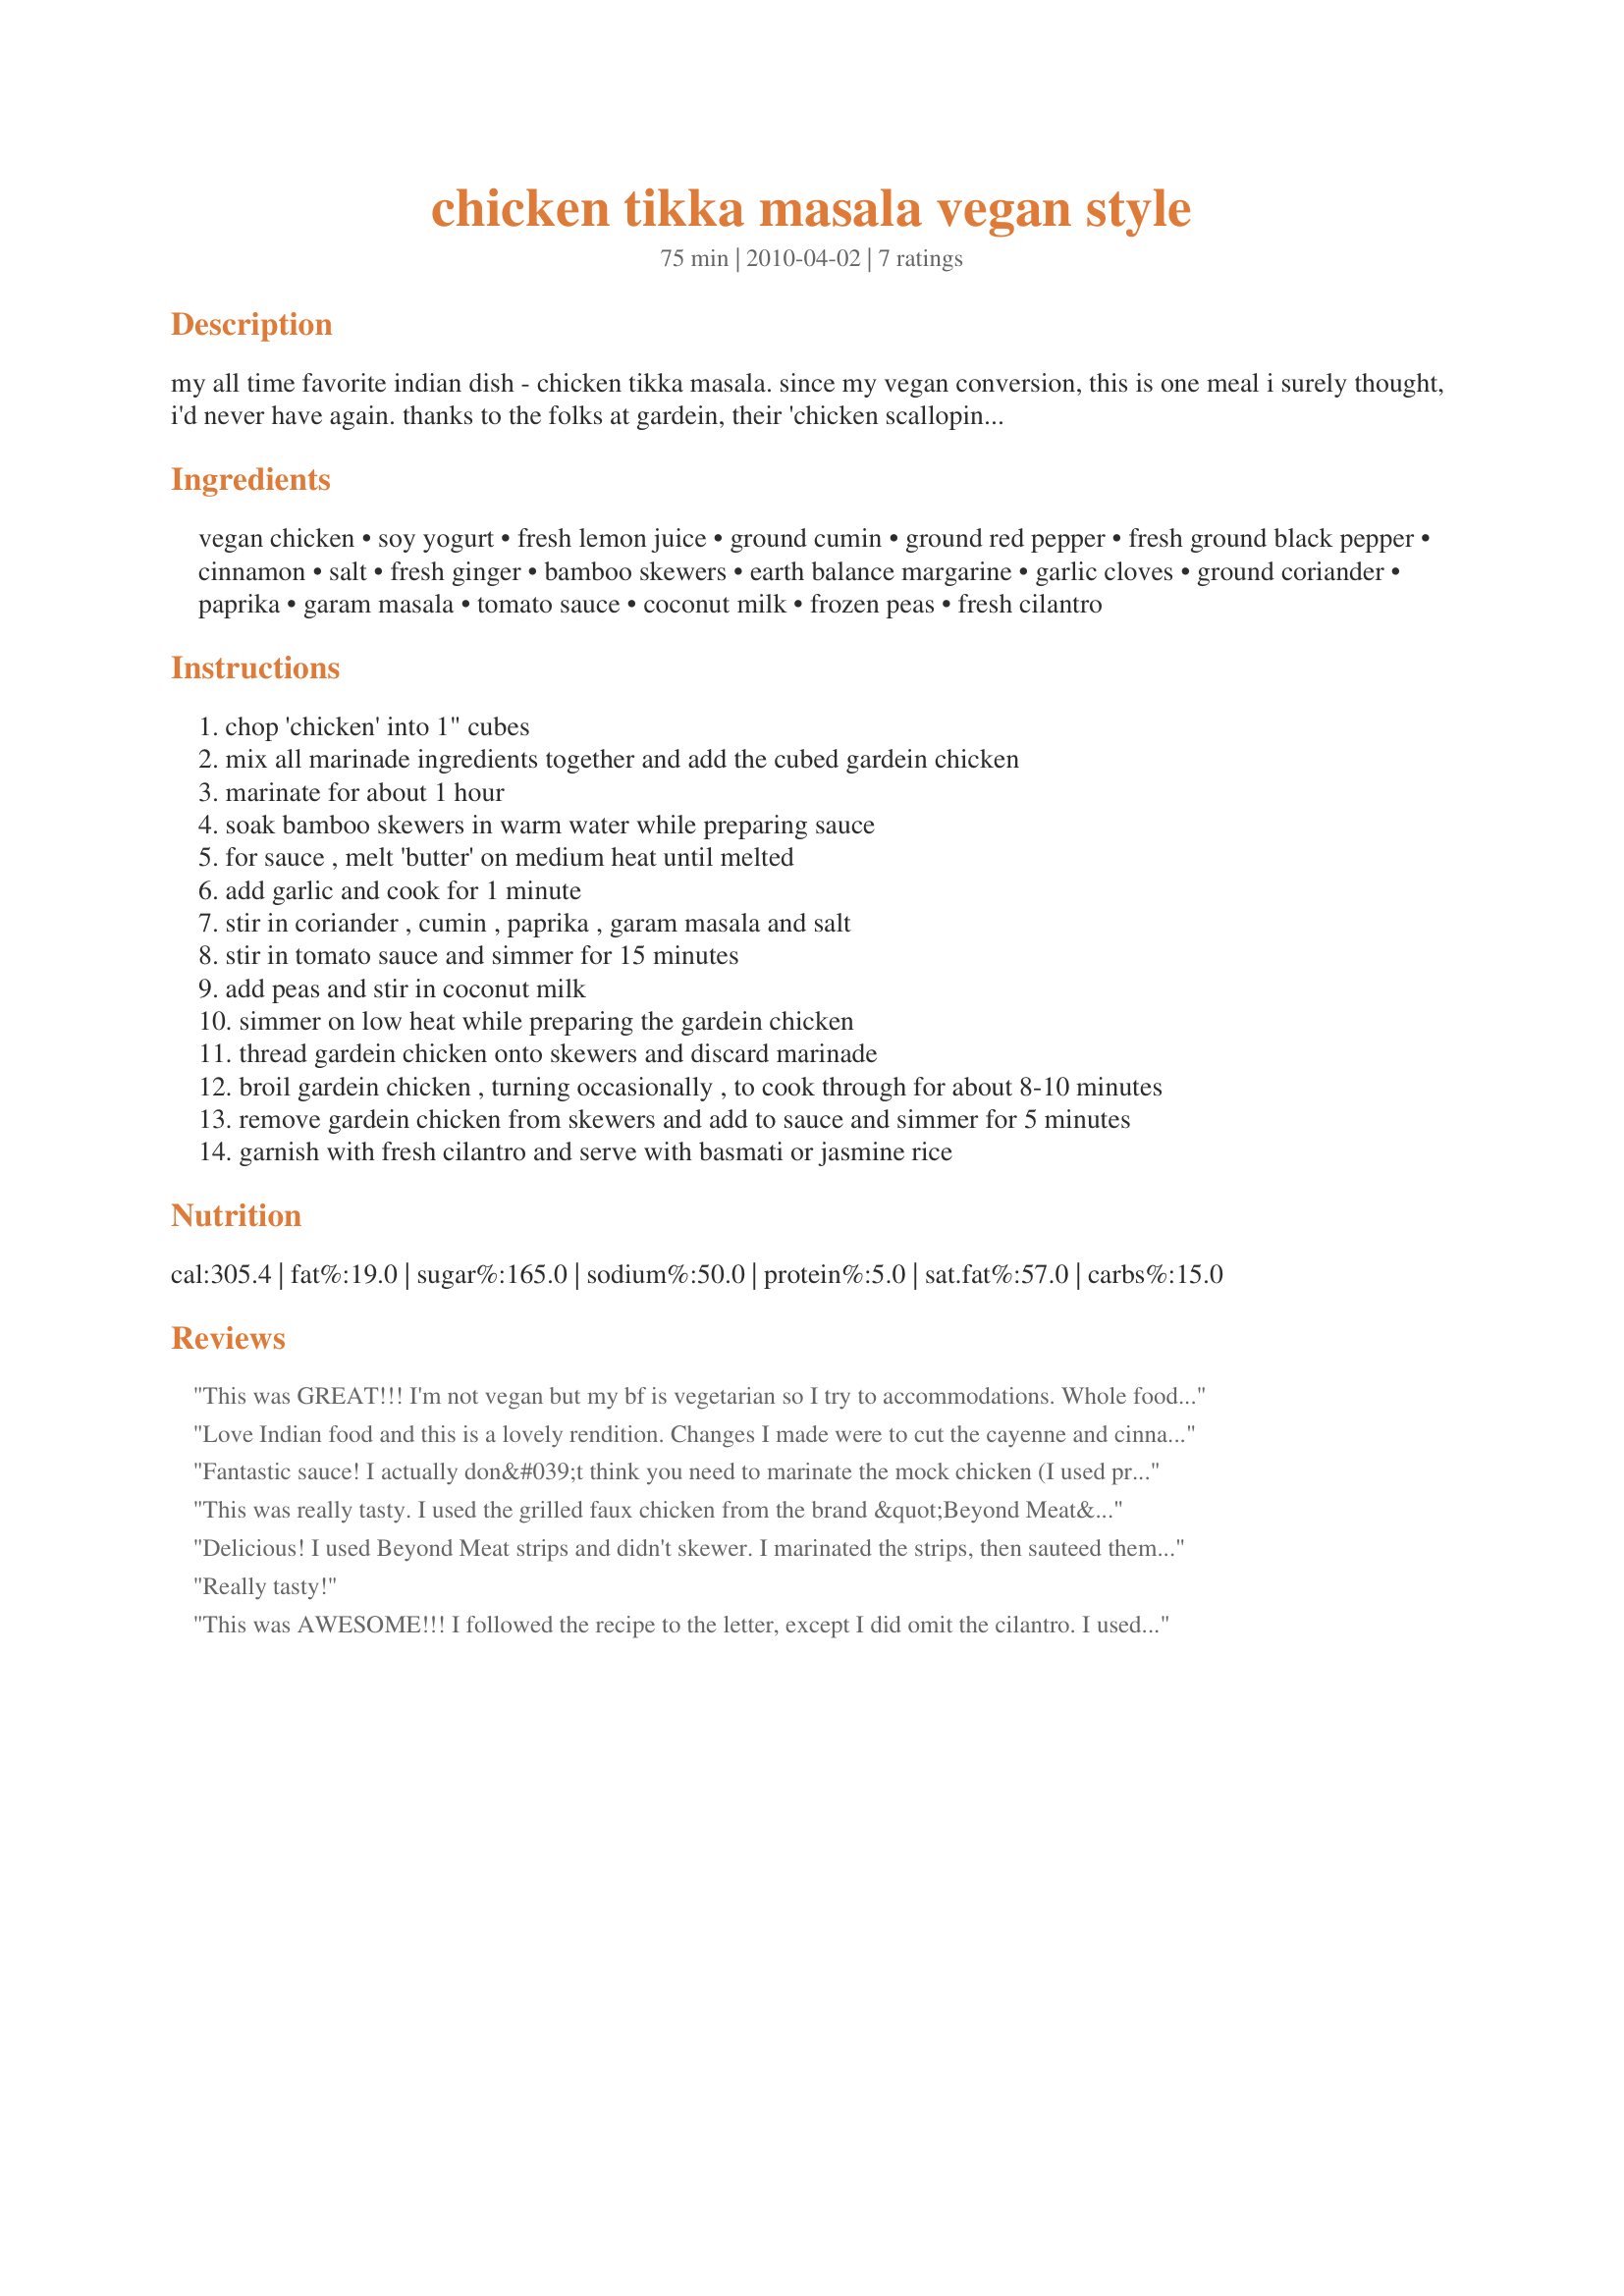
chicken tikka masala vegan style
Preparation time: 75 minutes

my all time favorite indian dish - chicken tikka masala. since my vegan conversion, this is one meal i surely thought, i'd never have again. thanks to the folks at gardein, their 'chicken scallopini' makes this carnivorous dish, 100% vegan friendly!

Ingredients:
vegan chicken, soy yogurt, fresh lemon juice, ground cumin, ground red pepper, fresh ground black pepper, cinnamon, salt, fresh ginger, bamboo skewers, earth balance margarine, garlic cloves, ground coriander, paprika, garam masala, tomato sauce, coconut milk, frozen peas, fresh cilantro

Steps:
chop 'chicken' into 1" cubes
mix all marinade ingredients together and add the cubed gardein chicken
marinate for about 1 hour
soak bamboo skewers in warm water while preparing sauce
for sauce , melt 'butter' on medium heat until melted
add garlic and cook for 1 minute
stir in coriander , cumin , paprika , garam masala and salt
stir in tomato sauce and simmer for 15 minutes
add peas and stir in coconut milk
simmer on low heat while preparing the gardein chicken
thread gardein chicken onto skewers and discard marinade
broil gardein chicken , turning occasionally , to cook through for about 8-10 minutes
remove gardein chicken from skewers and add to sauce and simmer for 5 minutes
garnish with fresh cilantro and serve with basmati or jasmine rice

Reviews:
This was GREAT!!! I'm not vegan but my bf is vegetarian so I try to accommodations.

Whole foods was out of the Gardein brand so I got a different brand. It was already cubed (1/2"). Instead of putting them on skewers, I just broiled them, turning about 2 or 3 times.

The vegan chicken had a great texture; a lot like real chicken!!
Love Indian food and this is a lovely rendition. Changes I made were to cut the cayenne and cinnamon in the marinade to 1/2 tsp, and because no plain soy yogurt available locally- used Tofutti sour cream. This is a keeper.
Fantastic sauce! I actually don&#039;t think you need to marinate the mock chicken (I used pre-diced seitan) at all, but grilling or broiling will help give it a firmer texture. Since it&#039;s thrown into the red sauce anyway I really didn&#039;t taste any of the yogurt marinade at all. All I changed was omitting the salt in the red sauce (since the marinade tasted quite salty to me) and then broiling the seitan on a baking sheet until it brown and more firm. Will definitely make again. So simple, took only about 45 minutes total after work (and I&#039;m a slow cook!)
This was really tasty. I used the grilled faux chicken from the brand &quot;Beyond Meat&quot; as I like it better than Gardein. We did not use the skewers. The sauce was really flavorful. DH, who eats meat, does not like the texture of the faux meat (I like it just fine) and therefore would prefer to try the dish again with mushrooms or tofu. I&#039;m not vegan, so I used Greek yogurt. I decreased the amount of cinnamon per personal preference. Thanks for a nice dinner!
Delicious! I used Beyond Meat strips and didn't skewer. I marinated the strips, then sauteed them until they were a bit brown then set them aside. The yogurt used was Forager's unsweetened... a creamy sour vegan yogurt like no other. The spice combination in this recipe is perfect. I wouldn't change a thing. Thanks!
Really tasty!
This was AWESOME!!! I followed the recipe to the letter, except I did omit the cilantro. I used light coconut milk, to save on calories. I also used Wildwood brand unsweetened, plain, probiotic, Soyogurt. I did not cut the "chicken" into cubes. I just left them as "breasts" and marinated them. After about an hour, I wiped off the excess marinade and then threw them on the grill on low/med. They came out fantastic! After they were grilled, I cut them into bite sized pieces and added them to the Sauce. Oh, the beautiful sauce. I think I'm in love. It was so good. I could just eat the sauce by the gallon. Next time I make this, I will double the sauce so that I have plenty. I am not a vegetarian, but I have been vegetarian curious recently. My neighbor is a vegetarian and I made this and shared it with her. We both just fell in love with this dish. She has asked for the recipe. If being vegetarian can be this delicious, I think I just might become one full-time! I couldn't be happier with this recipe and this dish. The next time I make this, I will also add about 1/2 teaspoon cayenne pepper to give it a little heat. Thank you, Vegan hogg, for posting this recipe!
